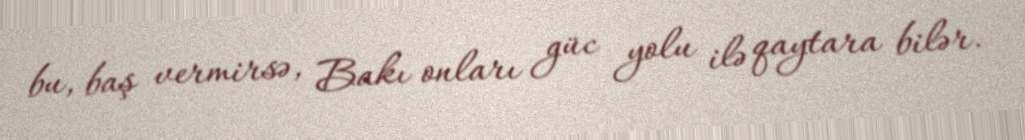
bu, baş vermirsə, Bakı onları güc yolu ilə qaytara bilər.